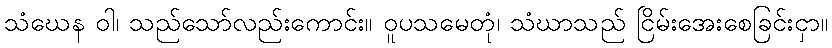
သံဃေန ဝါ၊ သည်သော်လည်းကောင်း။ ဝူပသမေတုံ၊ သံဃာသည် ငြိမ်းအေးစေခြင်းငှာ။